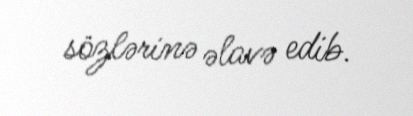
sözlərinə əlavə edib.